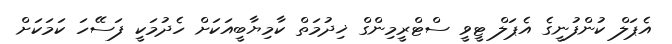
އެޕަލް ކުންފުނީގެ އެޕަލް ޓީވީ ސްޓްރީމިންގް ޚިދުމަތް ކާމިޔާބީއަކަށް ހެދުމަކީ ފަސޭހަ ކަމަކަށް